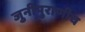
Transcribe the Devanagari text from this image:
जुनीपुराणीच